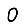
Digit: 0